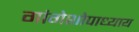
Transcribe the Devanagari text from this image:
गांगेशोपाध्याय